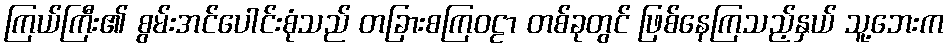
ကြယ်ကြီး၏ စွမ်းအင်ပေါင်းစုံသည် တခြားစကြဝဠာ တစ်ခုတွင် ဖြစ်နေကြသည့်နှယ် သူ့ဘေးက